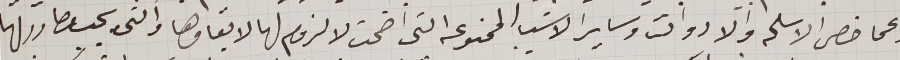
وعما خص الاسلحه والادوات وساير الاشيا الممنوعه التي اضحت لا لزوم لها لابقاوها والتى يجب مصادرتها